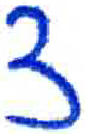
אות: צ